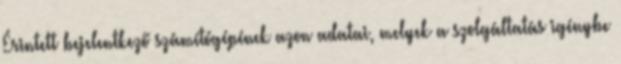
Érintett bejelentkező számítógépének azon adatai, melyek a szolgáltatás igénybe